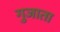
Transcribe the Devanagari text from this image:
गुजाता